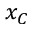
x _ { C }